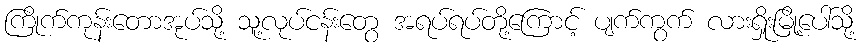
ကြိုက်ကုန်းတောအုပ်သို့ သူ့လုပ်ငန်းတွေ အရပ်ရပ်တို့ကြောင့် ပျက်ကွက် လားရှိုးမြို့ပေါ်သို့